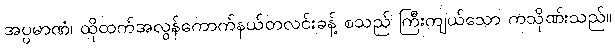
အပ္ပမာဏံ၊ ထိုထက်အလွန်ကောက်နယ်တလင်းခန့် စသည် ကြီးကျယ်သော ကသိုဏ်းသည်။